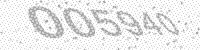
Solution: 005940